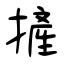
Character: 摌